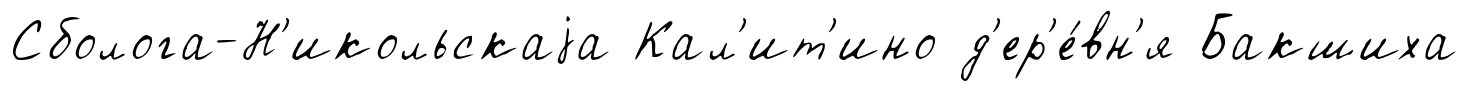
Сболога-Н'икольскаjа Кал'ит'ино д'ер'е́вн'я Бакшиха